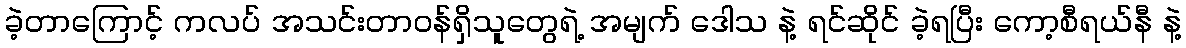
ခဲ့တာကြောင့် ကလပ် အသင်းတာဝန်ရှိသူတွေရဲ့ အမျက် ဒေါသ နဲ့ ရင်ဆိုင် ခဲ့ရပြီး ကော့စီရယ်နီ နဲ့